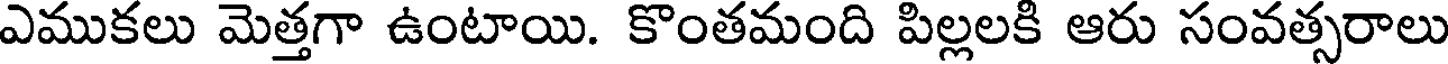
ఎముకలు మెత్తగా ఉంటాయి. కొంతమంది పిల్లలకి ఆరు సంవత్సరాలు